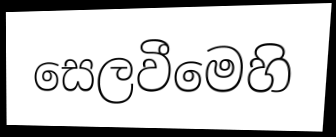
සෙලවීමෙහි